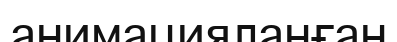
анимацияланған